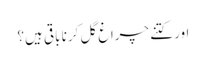
اور کتنے چراغ گل کرنا باقی ہیں؟